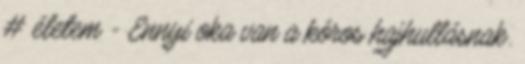
# életem - Ennyi oka van a kóros hajhullásnak.